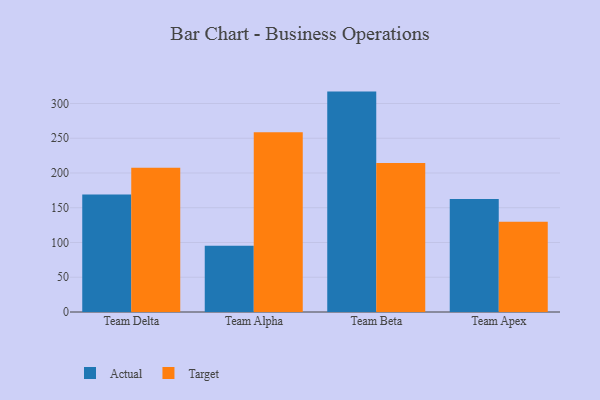
{"axis": {"x": "Team", "y": "Operating Costs (USD K)"}, "legend": ["Actual", "Target"], "data": [{"x": "Team Delta", "y": 168.9, "type": "Actual"}, {"x": "Team Delta", "y": 207.4, "type": "Target"}, {"x": "Team Alpha", "y": 95.3, "type": "Actual"}, {"x": "Team Alpha", "y": 258.5, "type": "Target"}, {"x": "Team Beta", "y": 317.1, "type": "Actual"}, {"x": "Team Beta", "y": 214.3, "type": "Target"}, {"x": "Team Apex", "y": 162.7, "type": "Actual"}, {"x": "Team Apex", "y": 129.9, "type": "Target"}]}